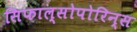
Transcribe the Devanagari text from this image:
सिफाल्सोपोरिन्स